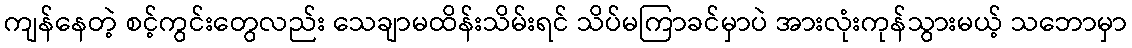
ကျန်နေတဲ့ စင့်ကွင်းတွေလည်း သေချာမထိန်းသိမ်းရင် သိပ်မကြာခင်မှာပဲ အားလုံးကုန်သွားမယ့် သဘောမှာ